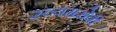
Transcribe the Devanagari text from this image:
स्व्यमसेवी